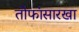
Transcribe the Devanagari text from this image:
तोफांसारखा